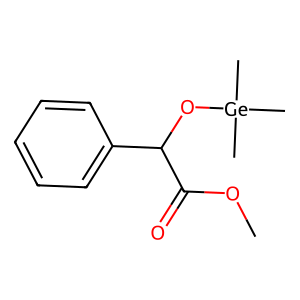
SMILES: COC(=O)C(O[Ge](C)(C)C)c1ccccc1
Inhibits HIV replication: No